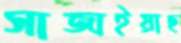
সাজাইয়াছ